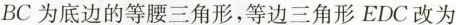
BC为底边的等腰三角形，等边三角形EDC改为